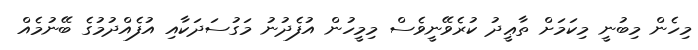
މިހެން މިބުނީ މިކަމަށް ތާޢީދު ކުރެވޭނީވެސް މިމީހުން އުފެދުނު މަގުސަދަކާއި އުފެއްދުމުގެ ބޭނުމެއް